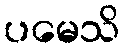
ပမေသိ